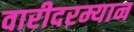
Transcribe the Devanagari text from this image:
वारीदरम्यान